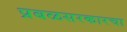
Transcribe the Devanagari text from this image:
प्रबळसरकारचा